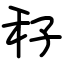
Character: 秄